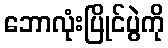
ဘောလုံးပြိုင်ပွဲကို